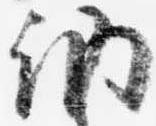
納